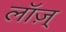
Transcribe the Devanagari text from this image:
लॉज़्